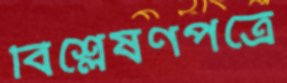
বিশ্লেষণপত্রে